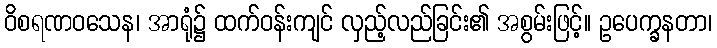
ဝိစရဏဝသေန၊ အာရုံ၌ ထက်ဝန်းကျင် လှည့်လည်ခြင်း၏ အစွမ်းဖြင့်။ ဥပေက္ခနတာ၊